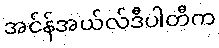
အင်န်အယ်လ်ဒီပါတီက